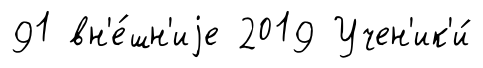
91 вн'е́шн'иjе 2019 Учен'ик'и́